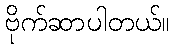
ဗိုက်ဆာပါတယ်။